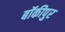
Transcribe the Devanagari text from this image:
बॉकीपुर